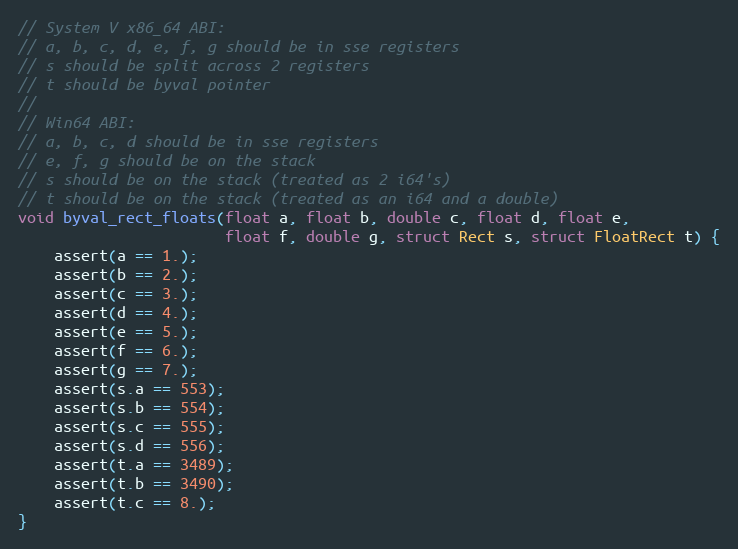
Language: C
// System V x86_64 ABI:
// a, b, c, d, e, f, g should be in sse registers
// s should be split across 2 registers
// t should be byval pointer
//
// Win64 ABI:
// a, b, c, d should be in sse registers
// e, f, g should be on the stack
// s should be on the stack (treated as 2 i64's)
// t should be on the stack (treated as an i64 and a double)
void byval_rect_floats(float a, float b, double c, float d, float e,
                       float f, double g, struct Rect s, struct FloatRect t) {
    assert(a == 1.);
    assert(b == 2.);
    assert(c == 3.);
    assert(d == 4.);
    assert(e == 5.);
    assert(f == 6.);
    assert(g == 7.);
    assert(s.a == 553);
    assert(s.b == 554);
    assert(s.c == 555);
    assert(s.d == 556);
    assert(t.a == 3489);
    assert(t.b == 3490);
    assert(t.c == 8.);
}